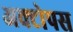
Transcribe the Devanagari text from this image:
अक्टोपस